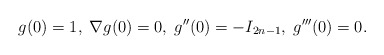
\begin{align*}g(0)=1,\; \nabla g(0)=0,\; g''(0)= -I_{2n-1},\; g'''(0)=0.\end{align*}